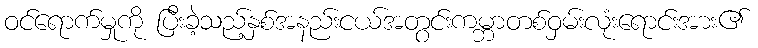
ဝင်ရောက်မှုကို ပြီးခဲ့သည့်နှစ်အနည်းငယ်အတွင်းကမ္ဘာတစ်ဝှမ်းလုံးရောင်းအား၏